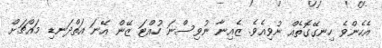
އެހެންވެ ހިނގޭގޮތެއް ނުވިއެވެ. ޒެއިނާ ނުވިސްނަ ހުއްޓަ ޒޭން އޭނަ އަތްދަނޑި މައްޗަށް